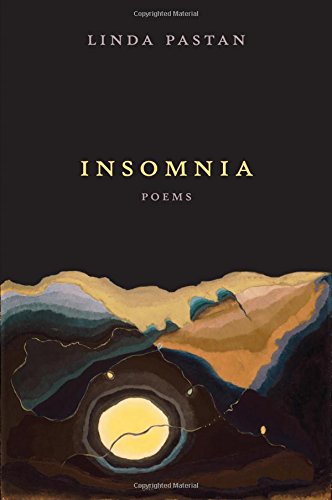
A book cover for Insomnia: Poems; Linda Pastan; Literature & Fiction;